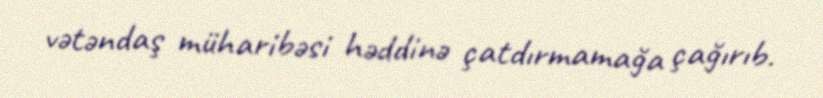
vətəndaş müharibəsi həddinə çatdırmamağa çağırıb.